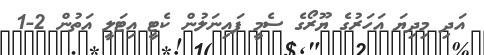
އަދި މިދިޔަ އަހަރުގެ ޔޫރޯގެ ސެމީ ފައިނަލުން ކެޓީ އިޓަލީ އަތުން 2-1